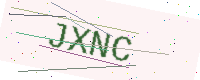
Text: JXNC